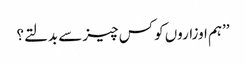
’’ہم اوزاروں کو کس چیز سے بدلتے؟